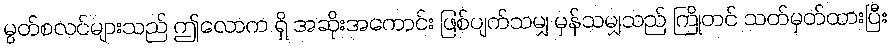
မွတ်စလင်များသည် ဤလောက ရှိ အဆိုးအကောင်း ဖြစ်ပျက်သမျှ မှန်သမျှသည် ကြိုတင် သတ်မှတ်ထားပြီး